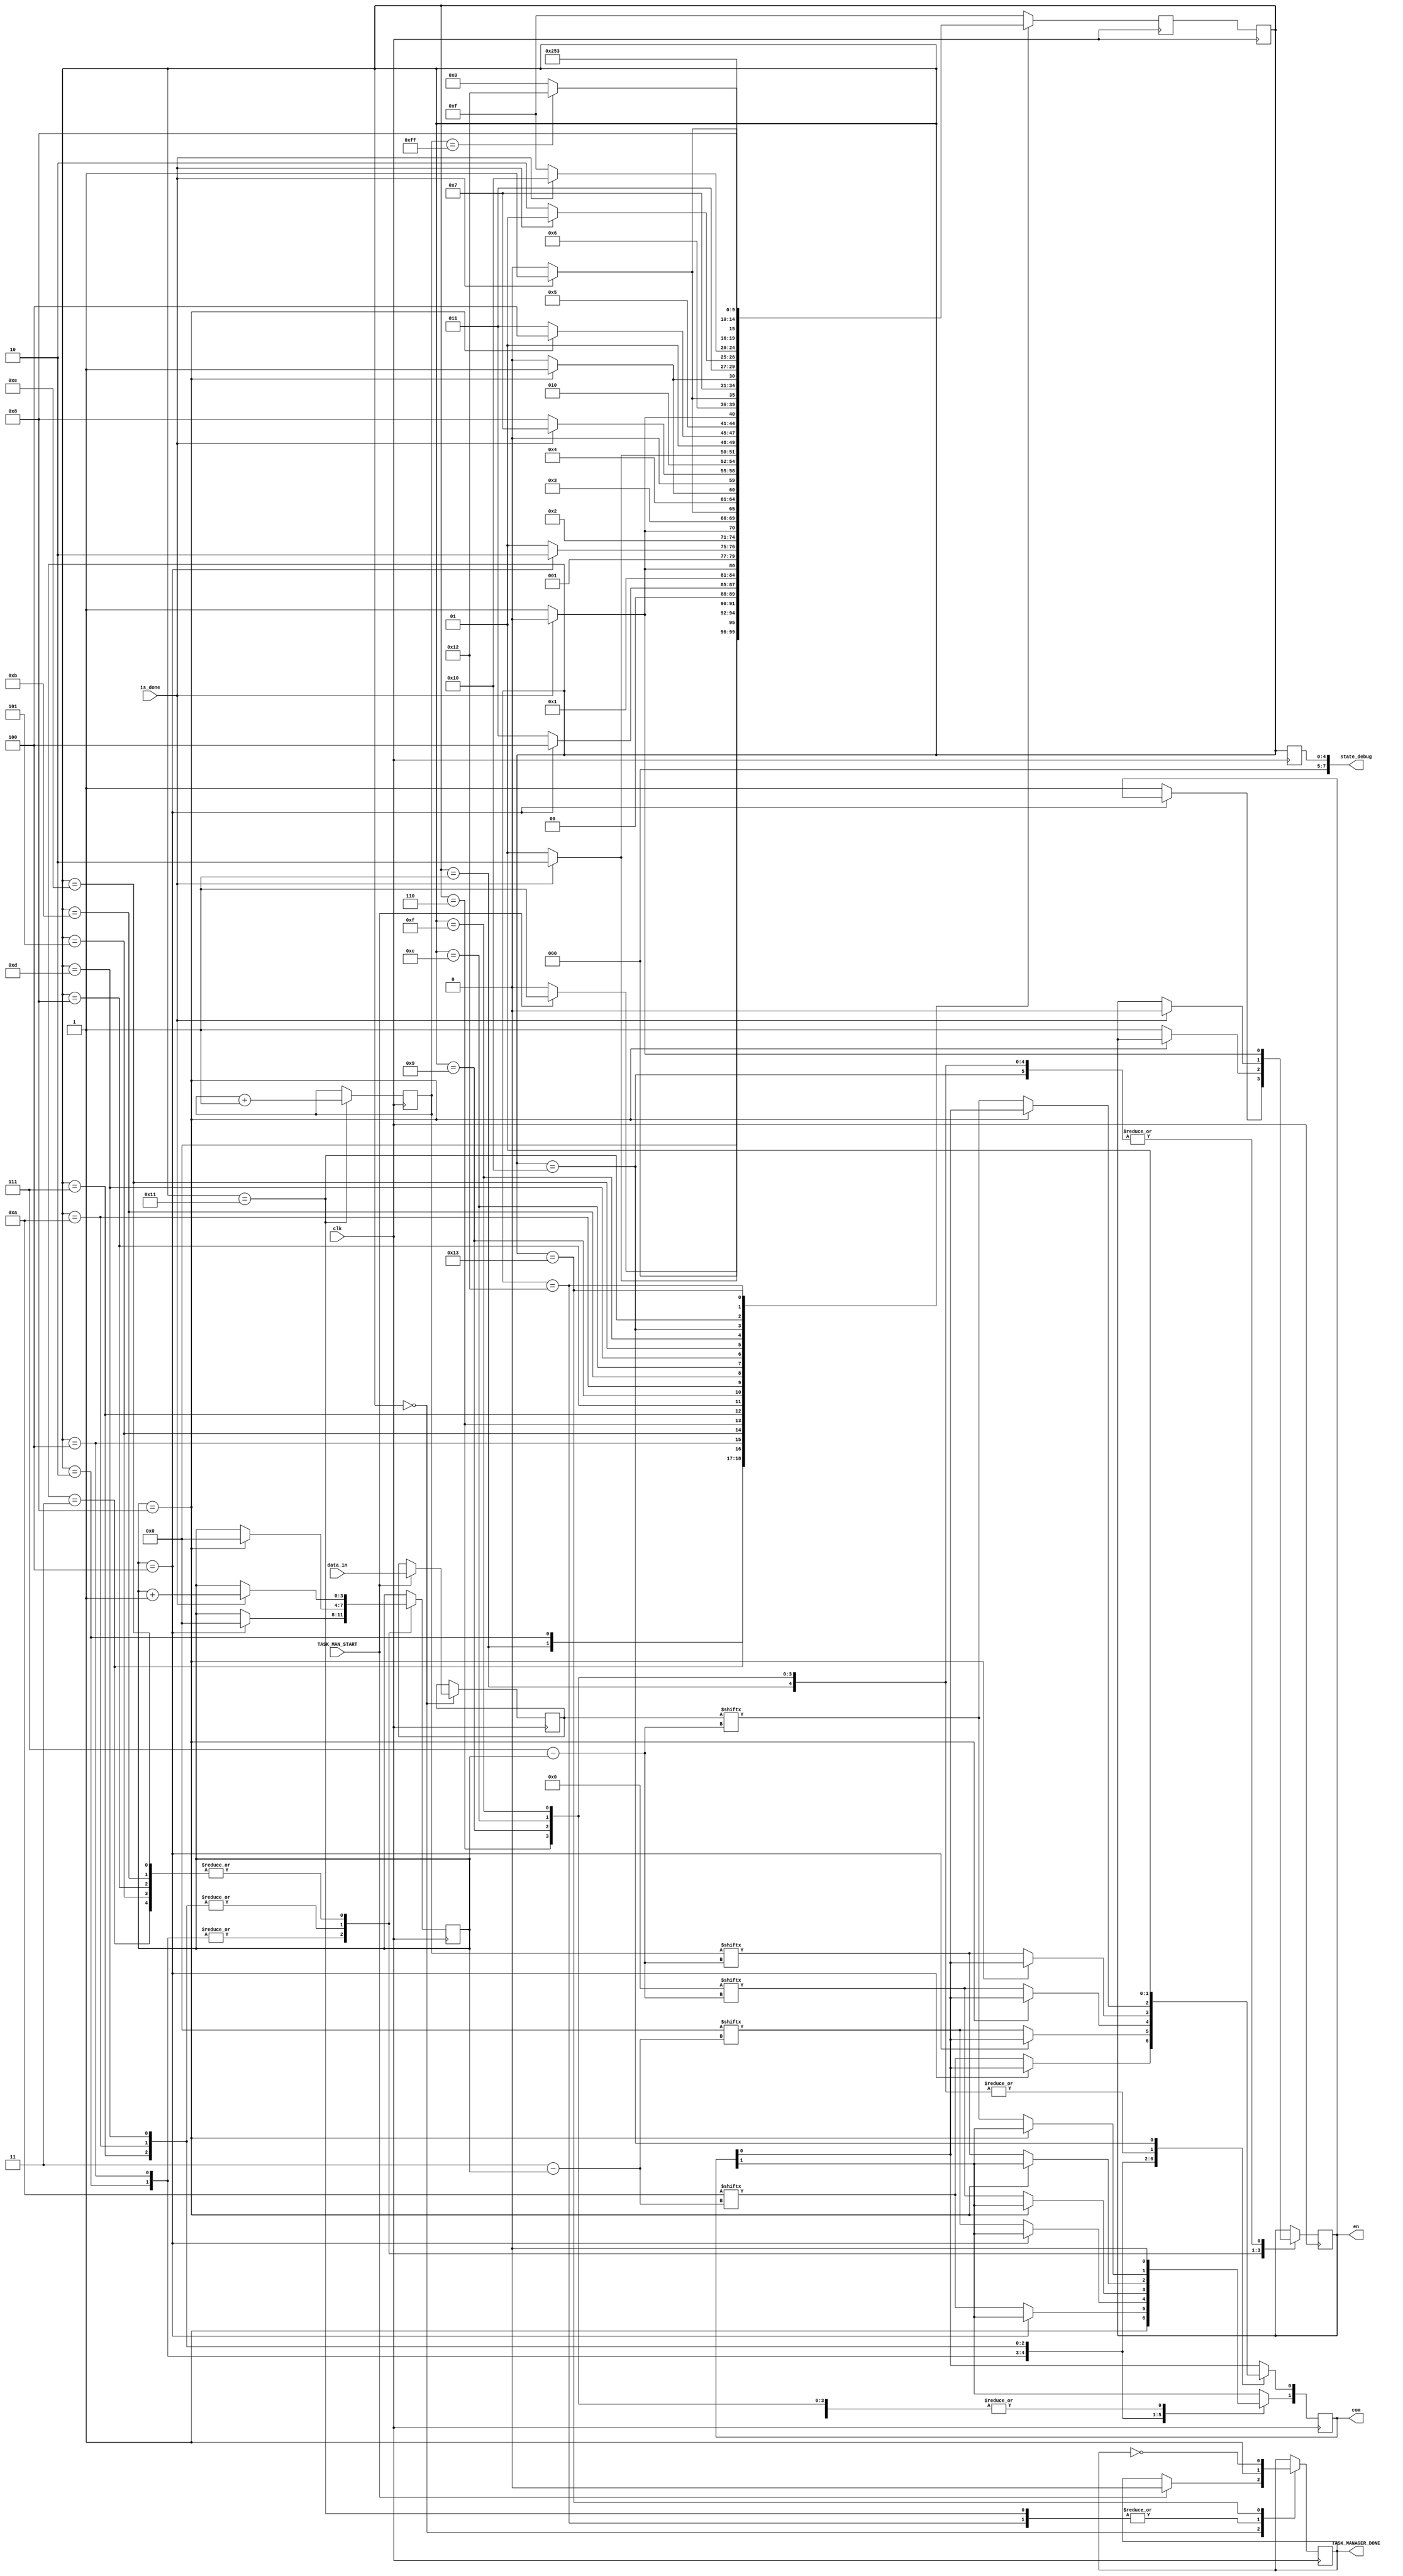
module EEPROM_TASK_MANAGER (clk, com, en, data_in, TASK_MANAGER_DONE, is_done, TASK_MAN_START, state_debug);
	//maybe it would be nice to output how many bytes we have written or that the eeprom is full to an LED so we know when to stop
	input [7:0] data_in;
	input clk,is_done,TASK_MAN_START;// is done is command has been successfully executed. must raise en to 1'b1 UNTIL done = 1'b1; lowering en will turn done to 1'b0;
	output reg [1:0] com;//command sent
	output reg en, TASK_MANAGER_DONE; //enable command, this program is done
	output reg [7:0] state_debug;
	parameter START = 2'b10, END = 2'b01, ACK = 2'b00, ERROR = 4'd15; //start is falling edge, end is rising edge
	parameter MAX = 8'b11111111; //00111110
	reg [3:0] count;
	reg [0:7] data_store;
	reg [4:0] CS;
	reg [4:0] NS;
	reg [0:3] CTRL_BITS = 4'b1010;
	reg [0:3] CHIP_SEL_BITS = 4'b0000; //includes the R/W bit
	reg [0:7] adr_high = 8'b00000000;
	reg [0:7] adr_low = 8'b00000000;
	
	initial begin
		TASK_MANAGER_DONE = 1'b0;
		state_debug = 8'd0;
		en = 1'b0;
	end
	always@(negedge clk) begin
		CS <= NS;
		state_debug <= CS;
	end
	
	always@(posedge clk) begin
		case(CS)
			5'd0://get current data
				begin
					if(TASK_MAN_START == 1'b1) begin
						TASK_MANAGER_DONE <= 1'b0;
						data_store <= data_in; //save this data incase it changes mid-process who knows if ADC will be faster
						NS <= 5'd1;
					end else begin
						NS <= 5'd0;
					end
				end
			5'd1://start
				begin
					com <= START; //set the command
					en <= 1'b1;	// enable task
					if(is_done == 1'b1) begin
						en <= 1'b0;	//end task
						NS <= 5'd2;
					end else begin
						NS <= 5'd1; //wait for done signal
					end
				end
			5'd2: //send CTRL bits enable
				begin
					if(count == 4'd4) begin // if ctrl bits done, set count to zero, go to case 4
						count <= 4'd0;
						NS <= 5'd4;
					end else begin
						com[0] <= CTRL_BITS[count];
						com[1] <= CTRL_BITS[count];
						en <= 1'b1;
						NS <= 5'd3;
					end
				end
			5'd3:
				begin
					if(is_done == 1'b1) begin //wait for done or increment count, lower enable
						en <= 1'b0;
						count <= count + 1;
						NS <= 5'd2;
					end else begin
						NS <=5'd3;
					end
				end
			5'd4: // send chip select
				begin
					if(count == 4'd4) begin // if chip sel bits done, set count to zero, go to case 6
						count <= 4'd0;
						NS <= 5'd6;
					end else begin
						com[0] <= CHIP_SEL_BITS[count];
						com[1] <= CHIP_SEL_BITS[count];
						en <= 1'b1;
						NS <= 5'd5;
					end
				end
			5'd5:
				begin
					if(is_done == 1'b1) begin //wait for done or increment count, lower enable
						en <= 1'b0;
						count <= count + 1;
						NS <= 5'd4;
					end else begin
						NS <=5'd5;
					end
				end
			5'd6: // "wait" for ack by sending a zero
				begin
					com <= ACK; //set the command
					en <= 1'b1;	// enable task
					if(is_done == 1'b1) begin
						en <= 1'b0;	//end task
						NS <= 5'd7; // cur state + 1;
					end else begin
						NS <= 5'd6; //wait for done signal, cur state
					end
				end
			5'd7: //send addr high
				begin
					if(count == 4'd8) begin // if adr high bits done, set count to zero, go to case 6
						count <= 4'd0;
						NS <= 5'd9;//cur state + 2, next task
					end else begin
						com[0] <= adr_high[count];
						com[1] <= adr_high[count];
						en <= 1'b1;
						NS <= 5'd8; // cur state + 1, wait
					end
				end
			5'd8:
				begin
					if(is_done == 1'b1) begin //wait for done or increment count, lower enable
						en <= 1'b0;
						count <= count + 1;
						NS <= 5'd7; //cur state - 1
					end else begin
						NS <= 5'd8; //cur state
					end
				end
			5'd9:// ACK
				begin
					com <= ACK; //set the command
					en <= 1'b1;	// enable task
					if(is_done == 1'b1) begin
						en <= 1'b0;	//end task
						NS <= 5'd10; // cur state + 1;
					end else begin
						NS <= 5'd9; //wait for done signal, cur state
					end
				end
			5'd10: //send addr low
				begin
					if(count == 4'd8) begin // if adr low bits done, set count to zero, go to case 6
						count <= 4'd0;
						NS <= 5'd12;
					end else begin
						com[0] <= adr_low[count];
						com[1] <= adr_low[count];
						en <= 1'b1;
						NS <= 5'd11;
					end
				end
			5'd11:
				begin
					if(is_done == 1'b1) begin //wait for done or increment count, lower enable
						en <= 1'b0;
						count <= count + 1;
						NS <= 5'd10;
					end else begin
						NS <=5'd11;
					end
				end
			5'd12:// ACK
				begin
					com <= ACK; //set the command
					en <= 1'b1;	// enable task
					if(is_done == 1'b1) begin
						en <= 1'b0;	//end task
						NS <= 5'd13; // cur state + 1;
					end else begin
						NS <= 5'd12; //wait for done signal, cur state
					end
				end
			5'd13: //send data
				begin
					if(count == 4'd8) begin // if adr low bits done, set count to zero, go to case 6
						count <= 4'd0;
						NS <= 5'd15;
					end else begin
						com[0] <= data_store[count];
						com[1] <= data_store[count];
						en <= 1'b1;
						NS <= 5'd14;
					end
				end
				//com[0] <= data[bit]
				//com[1] <= dat[bit]
				//so if bit is a 1 we send 11 or 0 we send 00 this avoids an if statement
			5'd14:
				begin
					if(is_done == 1'b1) begin //wait for done or increment count, lower enable
						en <= 1'b0;
						count <= count + 1;
						NS <= 5'd13;
					end else begin
						NS <=5'd14;
					end
				end
			5'd15:// ACK
				begin
					com <= ACK; //set the command
					en <= 1'b1;	// enable task
					if(is_done == 1'b1) begin
						en <= 1'b0;	//end task
						NS <= 5'd16; // cur state + 1;
					end else begin
						NS <= 5'd15; //wait for done signal, cur state
					end
				end
			5'd16: //send end and go back to start maybe increment addresses too
				begin
					com <= END; //set the command
					en <= 1'b1;	// enable task
					if(is_done == 1'b1) begin
						en <= 1'b0;	//end task
						NS <= 5'd17;
					end else begin
						NS <= 5'd16; //wait for done signal
					end
				end
			5'd17:
				begin
					adr_low <= adr_low +1;
					TASK_MANAGER_DONE <= 1'b1;
					if(adr_low == MAX) begin
						NS <= 5'd18;
					end else begin
						NS <= 5'd0;
					end
				end
			5'd18:
				begin
					TASK_MANAGER_DONE <= 1'b1;
					NS <= 5'd18;
				end
			5'd19: //ERROR STATE
				begin
					TASK_MANAGER_DONE <= !TASK_MANAGER_DONE;
					NS <= 5'd19;
				end
			default:
				begin
					NS <= ERROR;
				end
		endcase
	end
endmodule